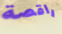
راقصة